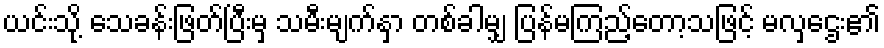
ယင်းသို့ သေခန်းဖြတ်ပြီးမှ သမီးမျက်နှာ တစ်ခါမျှ ပြန်မကြည့်တော့သဖြင့် မလှဌေး၏